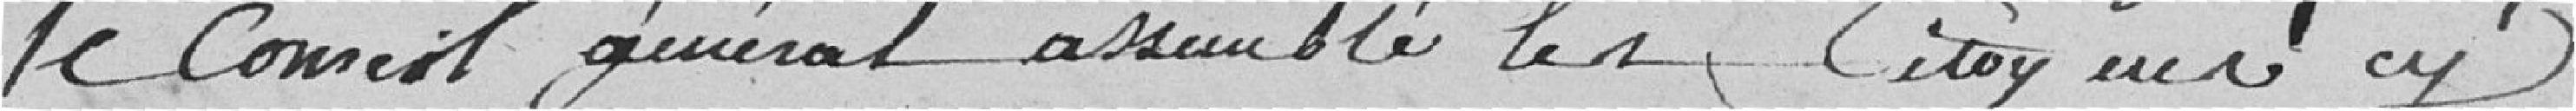
le Conseil général assemblé les citoyens cy